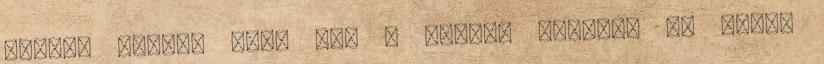
hogyan legyek majd meg a szemem nélkül, az egyik